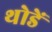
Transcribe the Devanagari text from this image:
थोडें